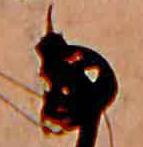
な